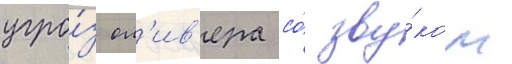
угро́з ол'ив'ера со́ зву́ком